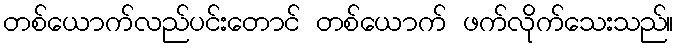
တစ်ယောက်လည်ပင်းတောင် တစ်ယောက် ဖက်လိုက်သေးသည်။